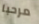
مرحبا